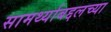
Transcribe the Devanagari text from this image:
सामर्थ्याबद्दलच्या